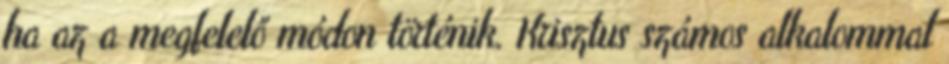
ha az a megfelelő módon történik. Krisztus számos alkalommal